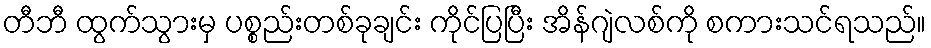
တီဘီ ထွက်သွားမှ ပစ္စည်းတစ်ခုချင်း ကိုင်ပြပြီး အိန်ဂျဲလစ်ကို စကားသင်ရသည်။